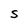
Character: S